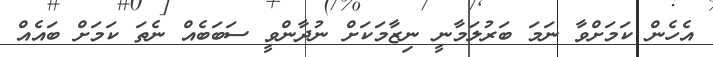
އެހެން ކަމަށްވާ ނަމަ ބަރުލަމާނީ ނިޒާމަކަށް ނުދާންވީ ސަބަބެއް ނެތަ ކަމަށް ބައެއް